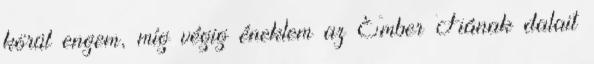
körül engem, míg végig éneklem az Ember Fiának dalait